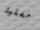
مسلية